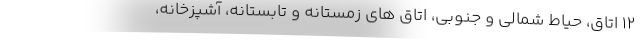
۱۲ اتاق، حیاط شمالی و جنوبی، اتاق‌ های زمستانه و تابستانه، آشپزخانه،